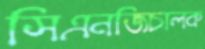
সিএনজিচালক